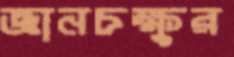
জ্ঞানচক্ষুর